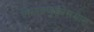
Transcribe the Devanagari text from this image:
पिळवणुकीसमान